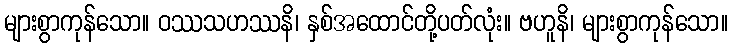
များစွာကုန်သော။ ဝဿသဟဿနိ၊ နှစ်အထောင်တို့ပတ်လုံး။ ဗဟူနိ၊ များစွာကုန်သော။